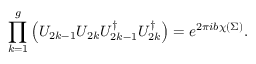
\prod _ { k = 1 } ^ { g } \left( { \cal U } _ { 2 k - 1 } { \cal U } _ { 2 k } { \cal U } _ { 2 k - 1 } ^ { \dagger } { \cal U } _ { 2 k } ^ { \dagger } \right) = e ^ { 2 \pi i b \chi ( \Sigma ) } .